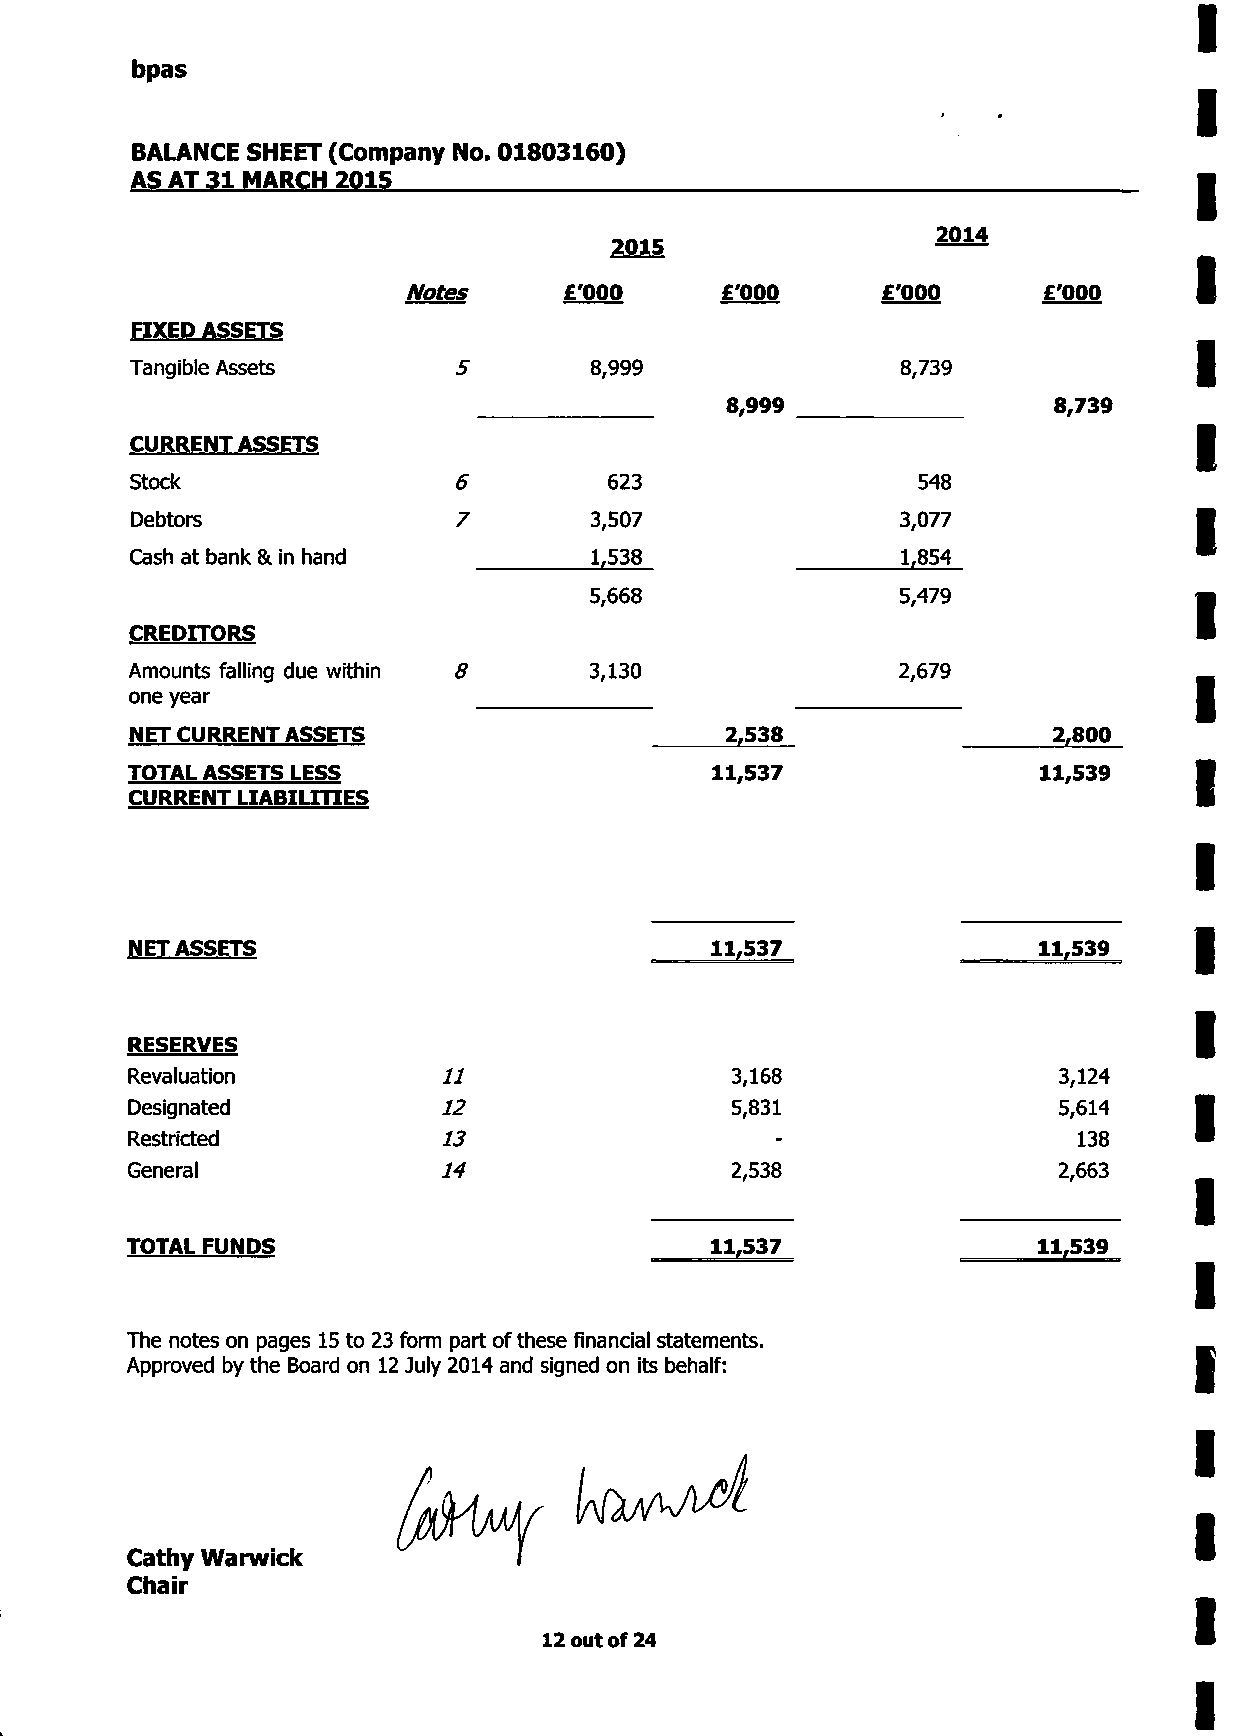
bpas
 BALANCE SHEET (Company No. 01803160)
 AS AT 31 MARCH 201S
 2014
 2015
 Notes     £'000      £'000     £'000      £'000
 FIXED ASSETS
 Tangible Assets               8,999                8,739
 8,999                 8,739
 CURRENT ASSETS
 Stock                6         623                  548
 Debtors              7        3,507                3,077
 Cash at bank & in hand        1,538                1,854
 5,668                5,479
 CREDITORS
 Amounts falling due within 8  3,130               2,679
 one year
 NET CURRENT ASSETS                     2,538                 2,800
 TOTAL ASSETS LESS                      11,537                11,539
 CURRENT LIABILITIES
 NET ASSETS                            11,537                11,539
 RESERVES
 Revaluation          11                 3,168                 3,124
 Designated           12                 5,831                 5,614
 Restricted           13                                        138
 General              14                 2,538                 2,663
 TOTAL FUNDS                            11,537                11,539
 The notes on pages 15 to 23 form part of these financial statements.
 Approved by the Board on 12 July 2014 and signed on its behalf:
 Cathy Warwick
 Chair
 12 out of 24